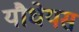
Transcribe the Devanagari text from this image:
यौधेयस